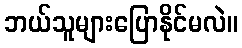
ဘယ်သူများပြောနိုင်မလဲ။